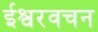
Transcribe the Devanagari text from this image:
ईश्वरवचन